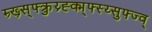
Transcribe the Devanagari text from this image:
म्र्ख्र्स्फ्क्रुय्र्ह्क्म्फ्स्य्सुफ्ज्व्